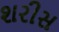
શરીસ